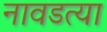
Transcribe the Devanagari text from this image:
नावडत्या